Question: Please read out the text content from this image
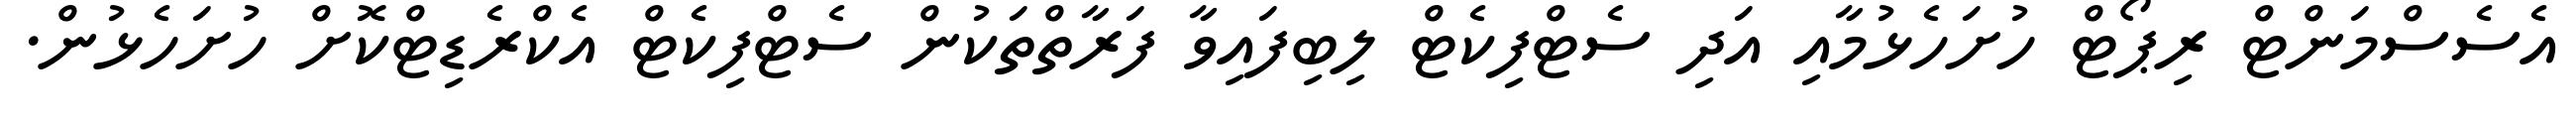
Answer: އެސެސްމަންޓް ރިޕޯޓް ހުށަހެޅުމާއި އަދި ސެޓްފިކެޓް ލިބިފައިވާ ފަރާތްތަކުން ސެޓްފިކެޓް އެކްރެޑިޓްކޮށް ހުށަހެޅުން.